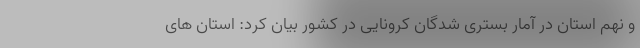
و نهم استان در آمار بستری شدگان کرونایی در کشور بیان کرد: استان های